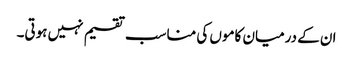
ان کے درمیان کاموں کی مناسب تقسیم نہیں ہوتی۔